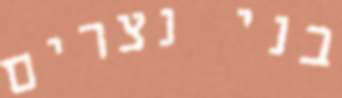
בני נצרים